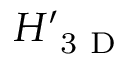
H _ { \mathrm { ~ 3 ~ D ~ } } ^ { \prime }